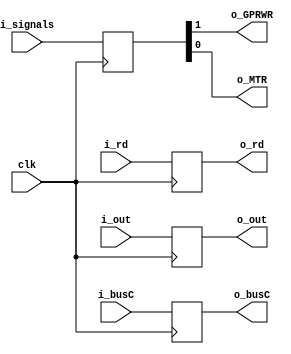
module memwb(clk, i_busC, i_out, i_rd, i_signals, o_busC, o_out, o_rd, o_GPRWR, o_MTR);
    input   [31:0]  i_busC;
    input   [31:0]  i_out;
    input   [4:0]   i_rd;
    input   [1:0]   i_signals;
    input           clk;
    output  [31:0]  o_busC;
    output  [31:0]  o_out;
    output  [4:0]   o_rd;
    output          o_GPRWR, o_MTR;

    reg     [31:0]  busC;
    reg     [31:0]  out;
    reg     [4:0]   rd;
    reg     [1:0]   signals;

    always @(posedge clk) begin
        busC = i_busC;
        out = i_out;
        rd = i_rd;
        signals = i_signals;
    end

    assign  o_busC = busC;
    assign  o_out = out;
    assign  o_rd = rd;
    assign  o_GPRWR = signals[1];
    assign  o_MTR = signals[0];

endmodule // memwb